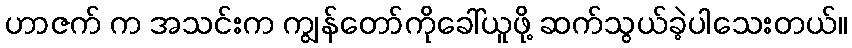
ဟာဇက် က အသင်းက ကျွန်တော်ကိုခေါ်ယူဖို့ ဆက်သွယ်ခဲ့ပါသေးတယ်။